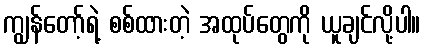
ကျွန်တော့်ရဲ့ စစ်ထားတဲ့ အထုပ်တွေကို ယူချင်လို့ပါ။